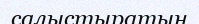
салыстыратын